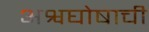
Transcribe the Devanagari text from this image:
अश्वघोषाची